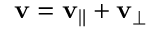
\mathbf { v } = \mathbf { v } _ { \| } + \mathbf { v } _ { \perp }